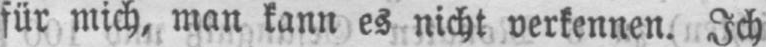
für mich, man kann es nicht verkennen. Ich